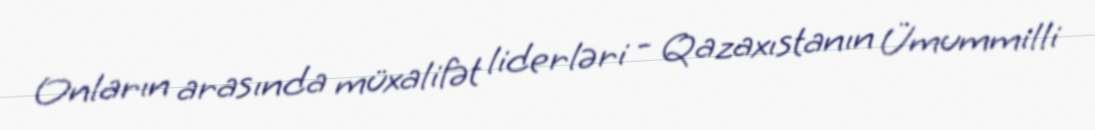
Onların arasında müxalifət liderləri - Qazaxıstanın Ümummilli